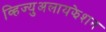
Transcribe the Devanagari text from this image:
व्हिज्युअलायझेशन